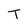
Character: T